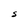
Character: S